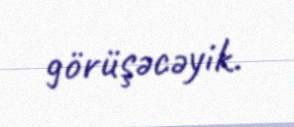
görüşəcəyik.